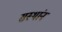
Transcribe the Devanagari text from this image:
सस्थांन